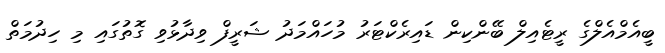
ބީއެމްއެލްގެ ރީޓެއިލް ބޭންކިން ޑައިރެކްޓަރު މުހައްމަދު ޝަރީފް ވިދާޅުވި ގޮތުގައި މި ހިދުމަތްް